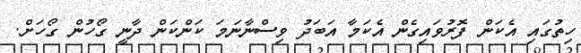
ހިތުގައި އެކަން ފޮރުވައިގެން އެކަމާ އަބަދު ވިސްނާނަމަ ކަންކަން ދާނީ ގޯހުން ގޯހަށް.